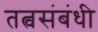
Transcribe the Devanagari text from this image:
तत्वसंबंधी